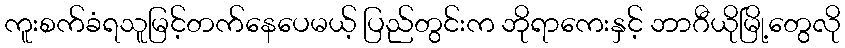
ကူးစက်ခံရသူမြင့်တက်နေပေမယ့် ပြည်တွင်းက ဘိုရာကေးနှင့် ဘာဂီယိုမြို့တွေလို